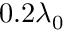
0 . 2 \lambda _ { 0 }